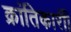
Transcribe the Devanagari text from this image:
क्रांतिकारीी